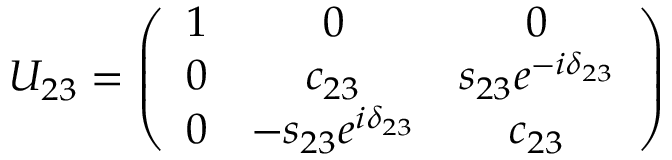
U _ { 2 3 } = \left( \begin{array} { c c c } { { 1 } } & { { 0 } } & { { 0 } } \\ { { 0 } } & { { c _ { 2 3 } } } & { { s _ { 2 3 } e ^ { - i \delta _ { 2 3 } } } } \\ { { 0 } } & { { - s _ { 2 3 } e ^ { i \delta _ { 2 3 } } } } & { { c _ { 2 3 } } } \end{array} \right)